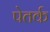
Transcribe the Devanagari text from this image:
पेतर्क